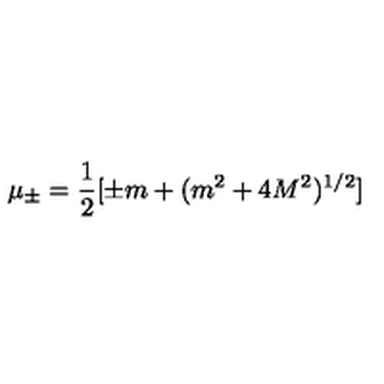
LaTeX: \mu _ { \pm } = \frac { 1 } { 2 } [ \pm m + ( m ^ { 2 } + 4 M ^ { 2 } ) ^ { 1 / 2 } ]